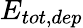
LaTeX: E_{tot,dep}